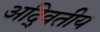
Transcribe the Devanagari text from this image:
अदि्वतीय